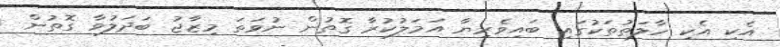
އެކި އެކި ހާލަތުތަކުގައި ބައިވެރިޔާ އަމަލުކުރާ ގޮތުން ނުވަތަ މިޒާޖު ބަދަލުވާ ގޮތުން